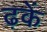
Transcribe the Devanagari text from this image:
ढ़कें